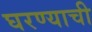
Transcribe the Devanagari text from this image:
घरण्याची